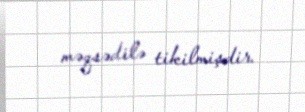
məqsədilə tikilmişdir.